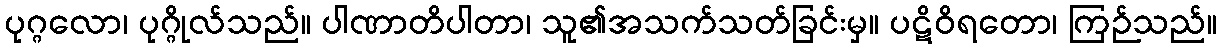
ပုဂ္ဂလော၊ ပုဂ္ဂိုလ်သည်။ ပါဏာတိပါတာ၊ သူ၏အသက်သတ်ခြင်းမှ။ ပဋိဝိရတော၊ ကြဉ်သည်။